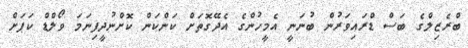
ބްރެޒިލްގެ ބަސް ޑްރައިވަރުން ބުނަނީ އެމީހުންގެ އެދޭގޮތަށް ކަންކަން ކޮށްނުދީފިނަމަ ވޯލްޑް ކަޕަށް